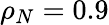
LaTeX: \rho_{N}=0.9